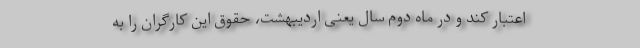
اعتبار کند و در ماه دوم سال یعنی اردیبهشت، حقوق این کارگران را به